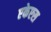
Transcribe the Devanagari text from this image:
एकेएस